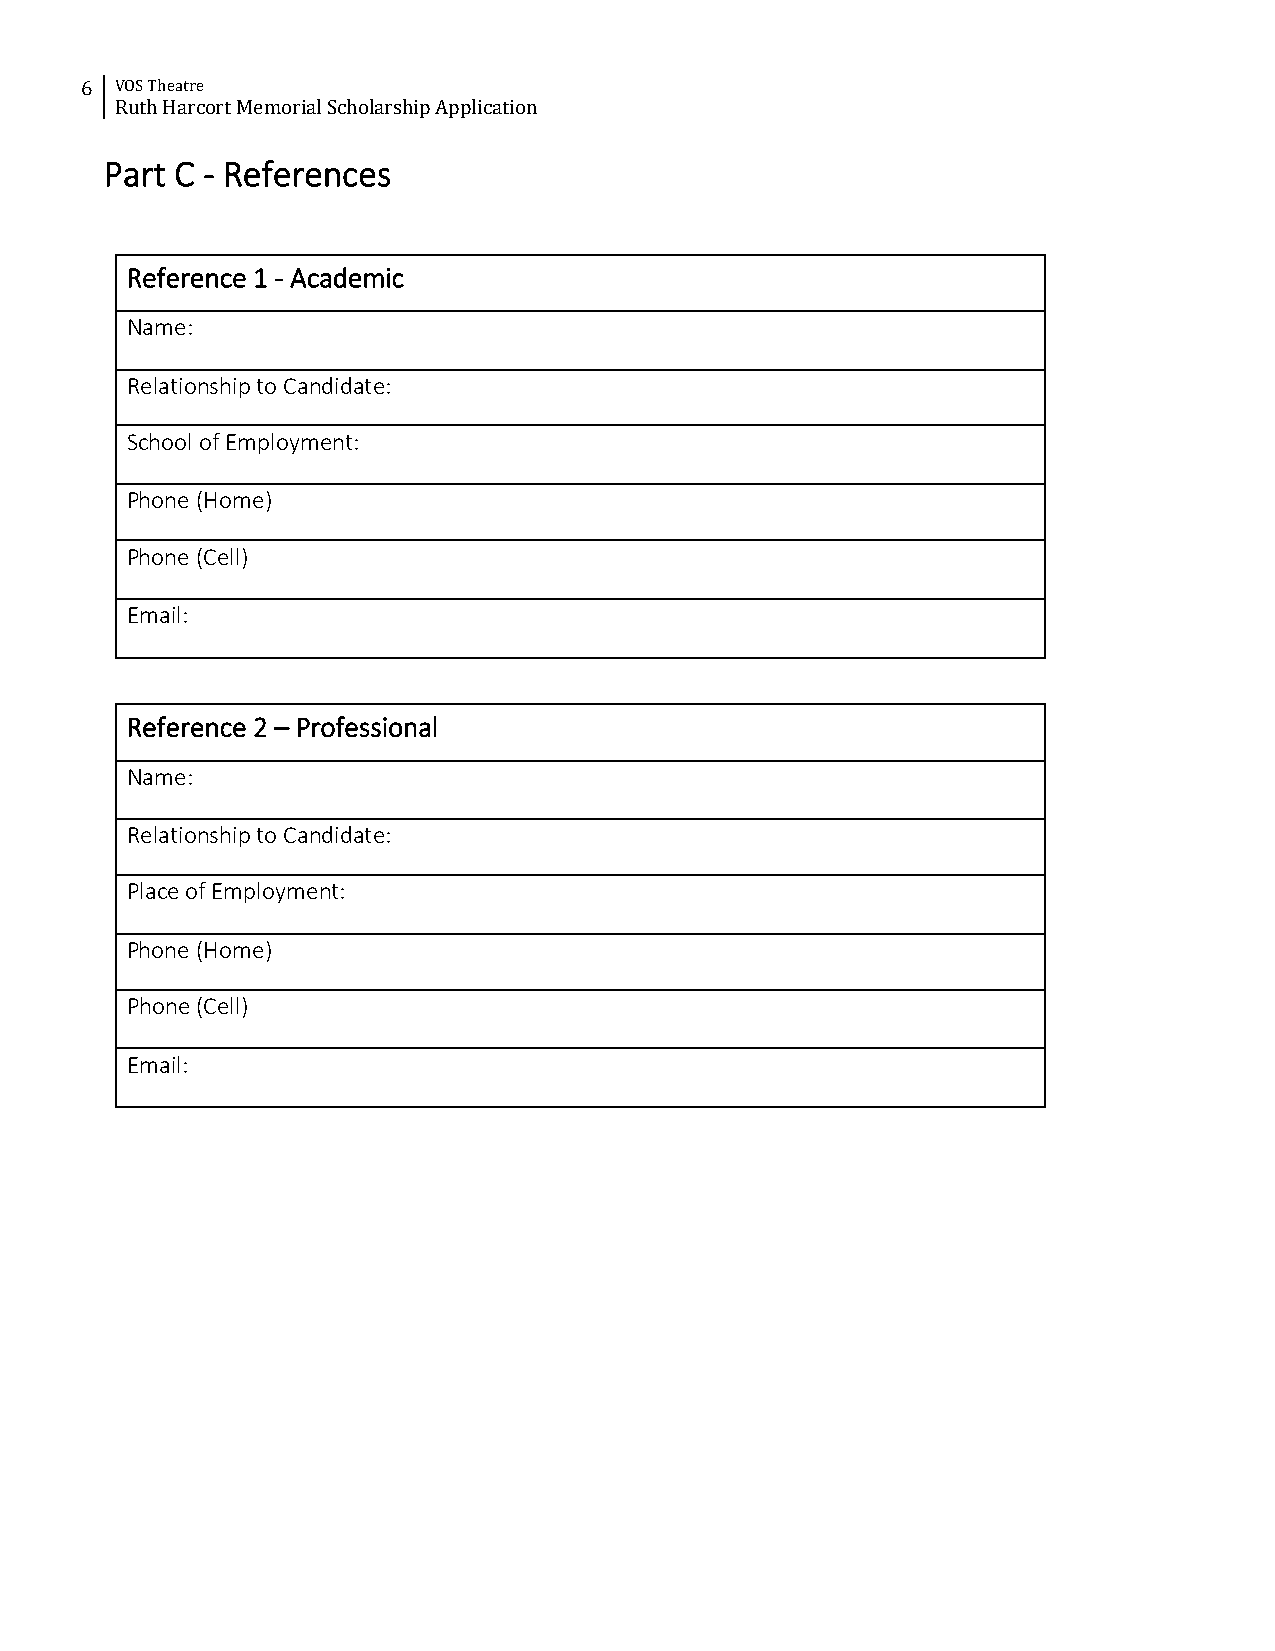
6  VOS Theatre
 Ruth Harcort Memorial Scholarship Application
 Part C - References
 Reference 1 - Academic
 Name:
 Relationship to Candidate:
 School of Employment:
 Phone (Home)
 Phone (Cell)
 Email:
 Reference 2 – Professional
 Name:
 Relationship to Candidate:
 Place of Employment:
 Phone (Home)
 Phone (Cell)
 Email: